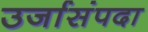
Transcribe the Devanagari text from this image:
उर्जासंपदा